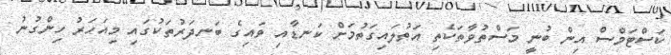
ކަސްޓަމްސް އިން ބުނީ މަސްތުވާތަކެތި އަތުލައިގަތުމަށް ކަނޑާއި ވައިގެ ބަނދަރުތަކުގައި މިއަހަރު ހިންގުނު